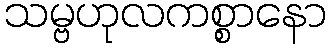
သမ္ဗဟုလကစ္စာနော